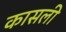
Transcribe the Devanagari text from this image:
कासली